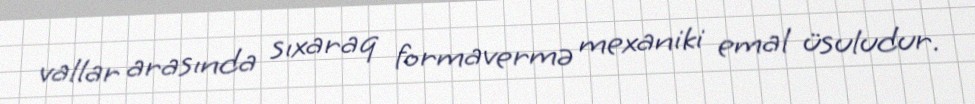
vallar arasında sıxaraq formavermə mexaniki emal üsuludur.